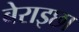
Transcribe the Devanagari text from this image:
बेराइछा